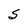
Character: S